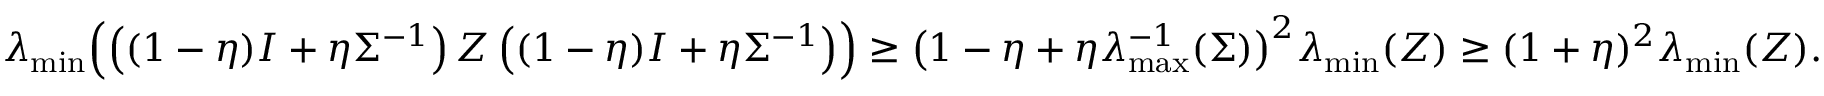
\begin{array} { r } { \lambda _ { \operatorname* { m i n } } \Big ( \! \left( ( 1 - \eta ) I + \eta \Sigma ^ { - 1 } \right) Z \left( ( 1 - \eta ) I + \eta \Sigma ^ { - 1 } \right) \! \Big ) \geq \big ( 1 - \eta + \eta \lambda _ { \operatorname* { m a x } } ^ { - 1 } ( \Sigma ) \big ) ^ { 2 } \lambda _ { \operatorname* { m i n } } ( Z ) \geq ( 1 + \eta ) ^ { 2 } \lambda _ { \operatorname* { m i n } } ( Z ) . } \end{array}